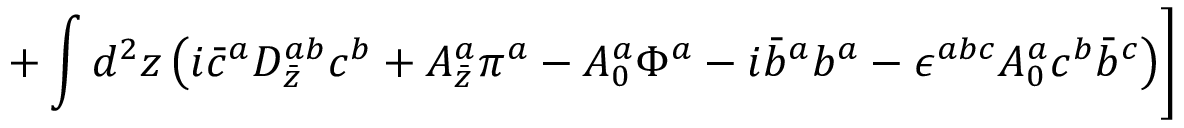
+ \int d ^ { 2 } z \left( i \bar { c } ^ { a } D _ { \bar { z } } ^ { a b } c ^ { b } + A _ { \bar { z } } ^ { a } \pi ^ { a } - A _ { 0 } ^ { a } \Phi ^ { a } - i \bar { b } ^ { a } b ^ { a } - \epsilon ^ { a b c } A _ { 0 } ^ { a } c ^ { b } \bar { b } ^ { c } \right) \Biggr ]